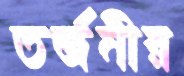
তর্জনীর